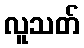
လူသတ်